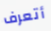
أتعرف